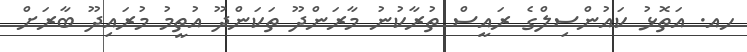
ހއ. އަތޮޅު ކައުންސިލްގެ ރައީސް ތުރާކުނު މާރަންދޫ ތަކަންދޫ އުތީމު މުރައިދޫ ބާރަށް